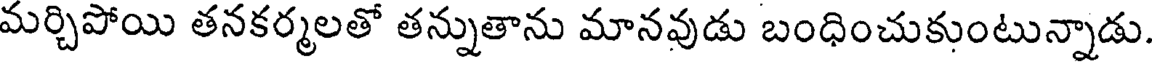
మర్చిపోయి తనకర్మలతో తన్నుతాను మానవుడు బంధించుకుంటున్నాడు.